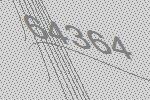
64364